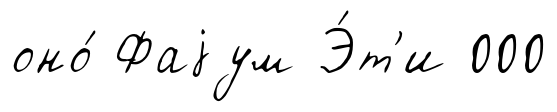
оно́ Фаjум Э́т'и 000